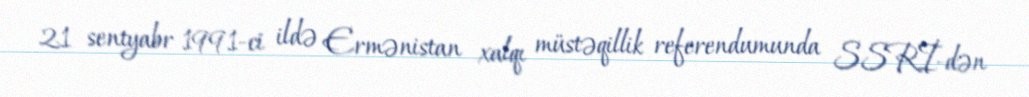
21 sentyabr 1991-ci ildə Ermənistan xalqı müstəqillik referendumunda SSRİ-dən